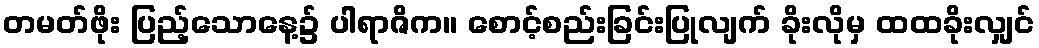
တမတ်ဖိုး ပြည့်သောနေ့၌ ပါရာဇိက။ စောင့်စည်းခြင်းပြုလျက် ခိုးလိုမှ ထထခိုးလျှင်